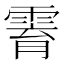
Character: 𱁟